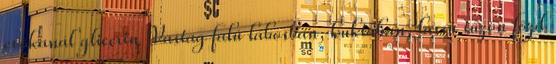
evőkanál glicerin Vastag falú lábosban, kuktában, lassú tűzön főzd